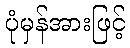
ပုံမှန်အားဖြင့်